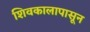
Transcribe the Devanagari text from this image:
शिवकालापासून